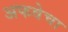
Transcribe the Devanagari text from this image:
अफवेचा